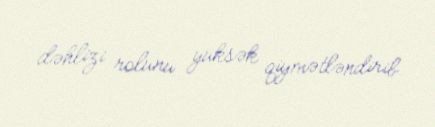
dəhlizi rolunu yüksək qiymətləndirib.